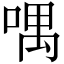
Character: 喁